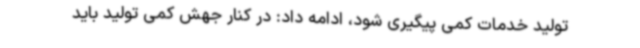
تولید خدمات کمی پیگیری شود، ادامه داد: در کنار جهش کمی تولید باید